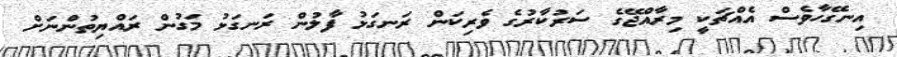
އިނގޭހާވެސް އެއްޗަކީ މިރާއްޖޭގެ ސަރުކާރުގެ ވެރިކަން ރަނގަޅު ފާލުން ރަނގަޅު މަގުން ރައްޔިތުންނަށް